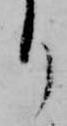
り